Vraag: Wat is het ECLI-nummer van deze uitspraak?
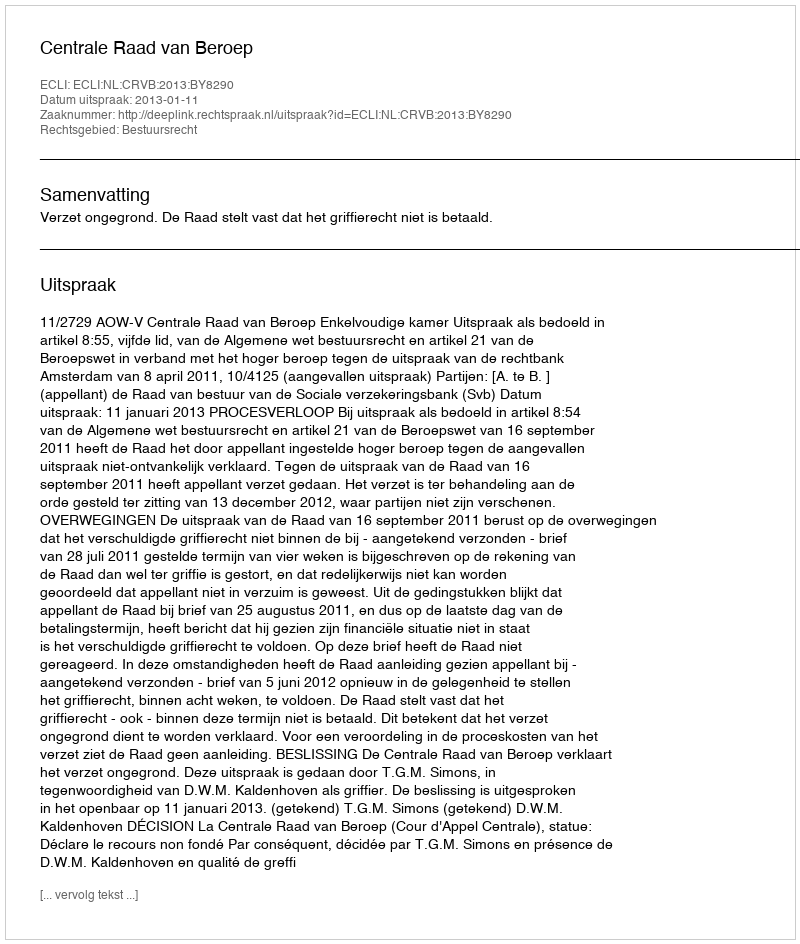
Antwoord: ECLI:NL:CRVB:2013:BY8290